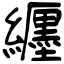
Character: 纒